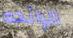
الرائحه